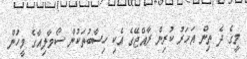
މީގެ ދެ ތިން އަހަރު ކުރިން ރާއްޖޭގެ އެކި ހިސާބުތަކުން ސޯމާލިއާގެ މީހުން